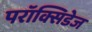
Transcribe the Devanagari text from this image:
परॉक्सिडेज